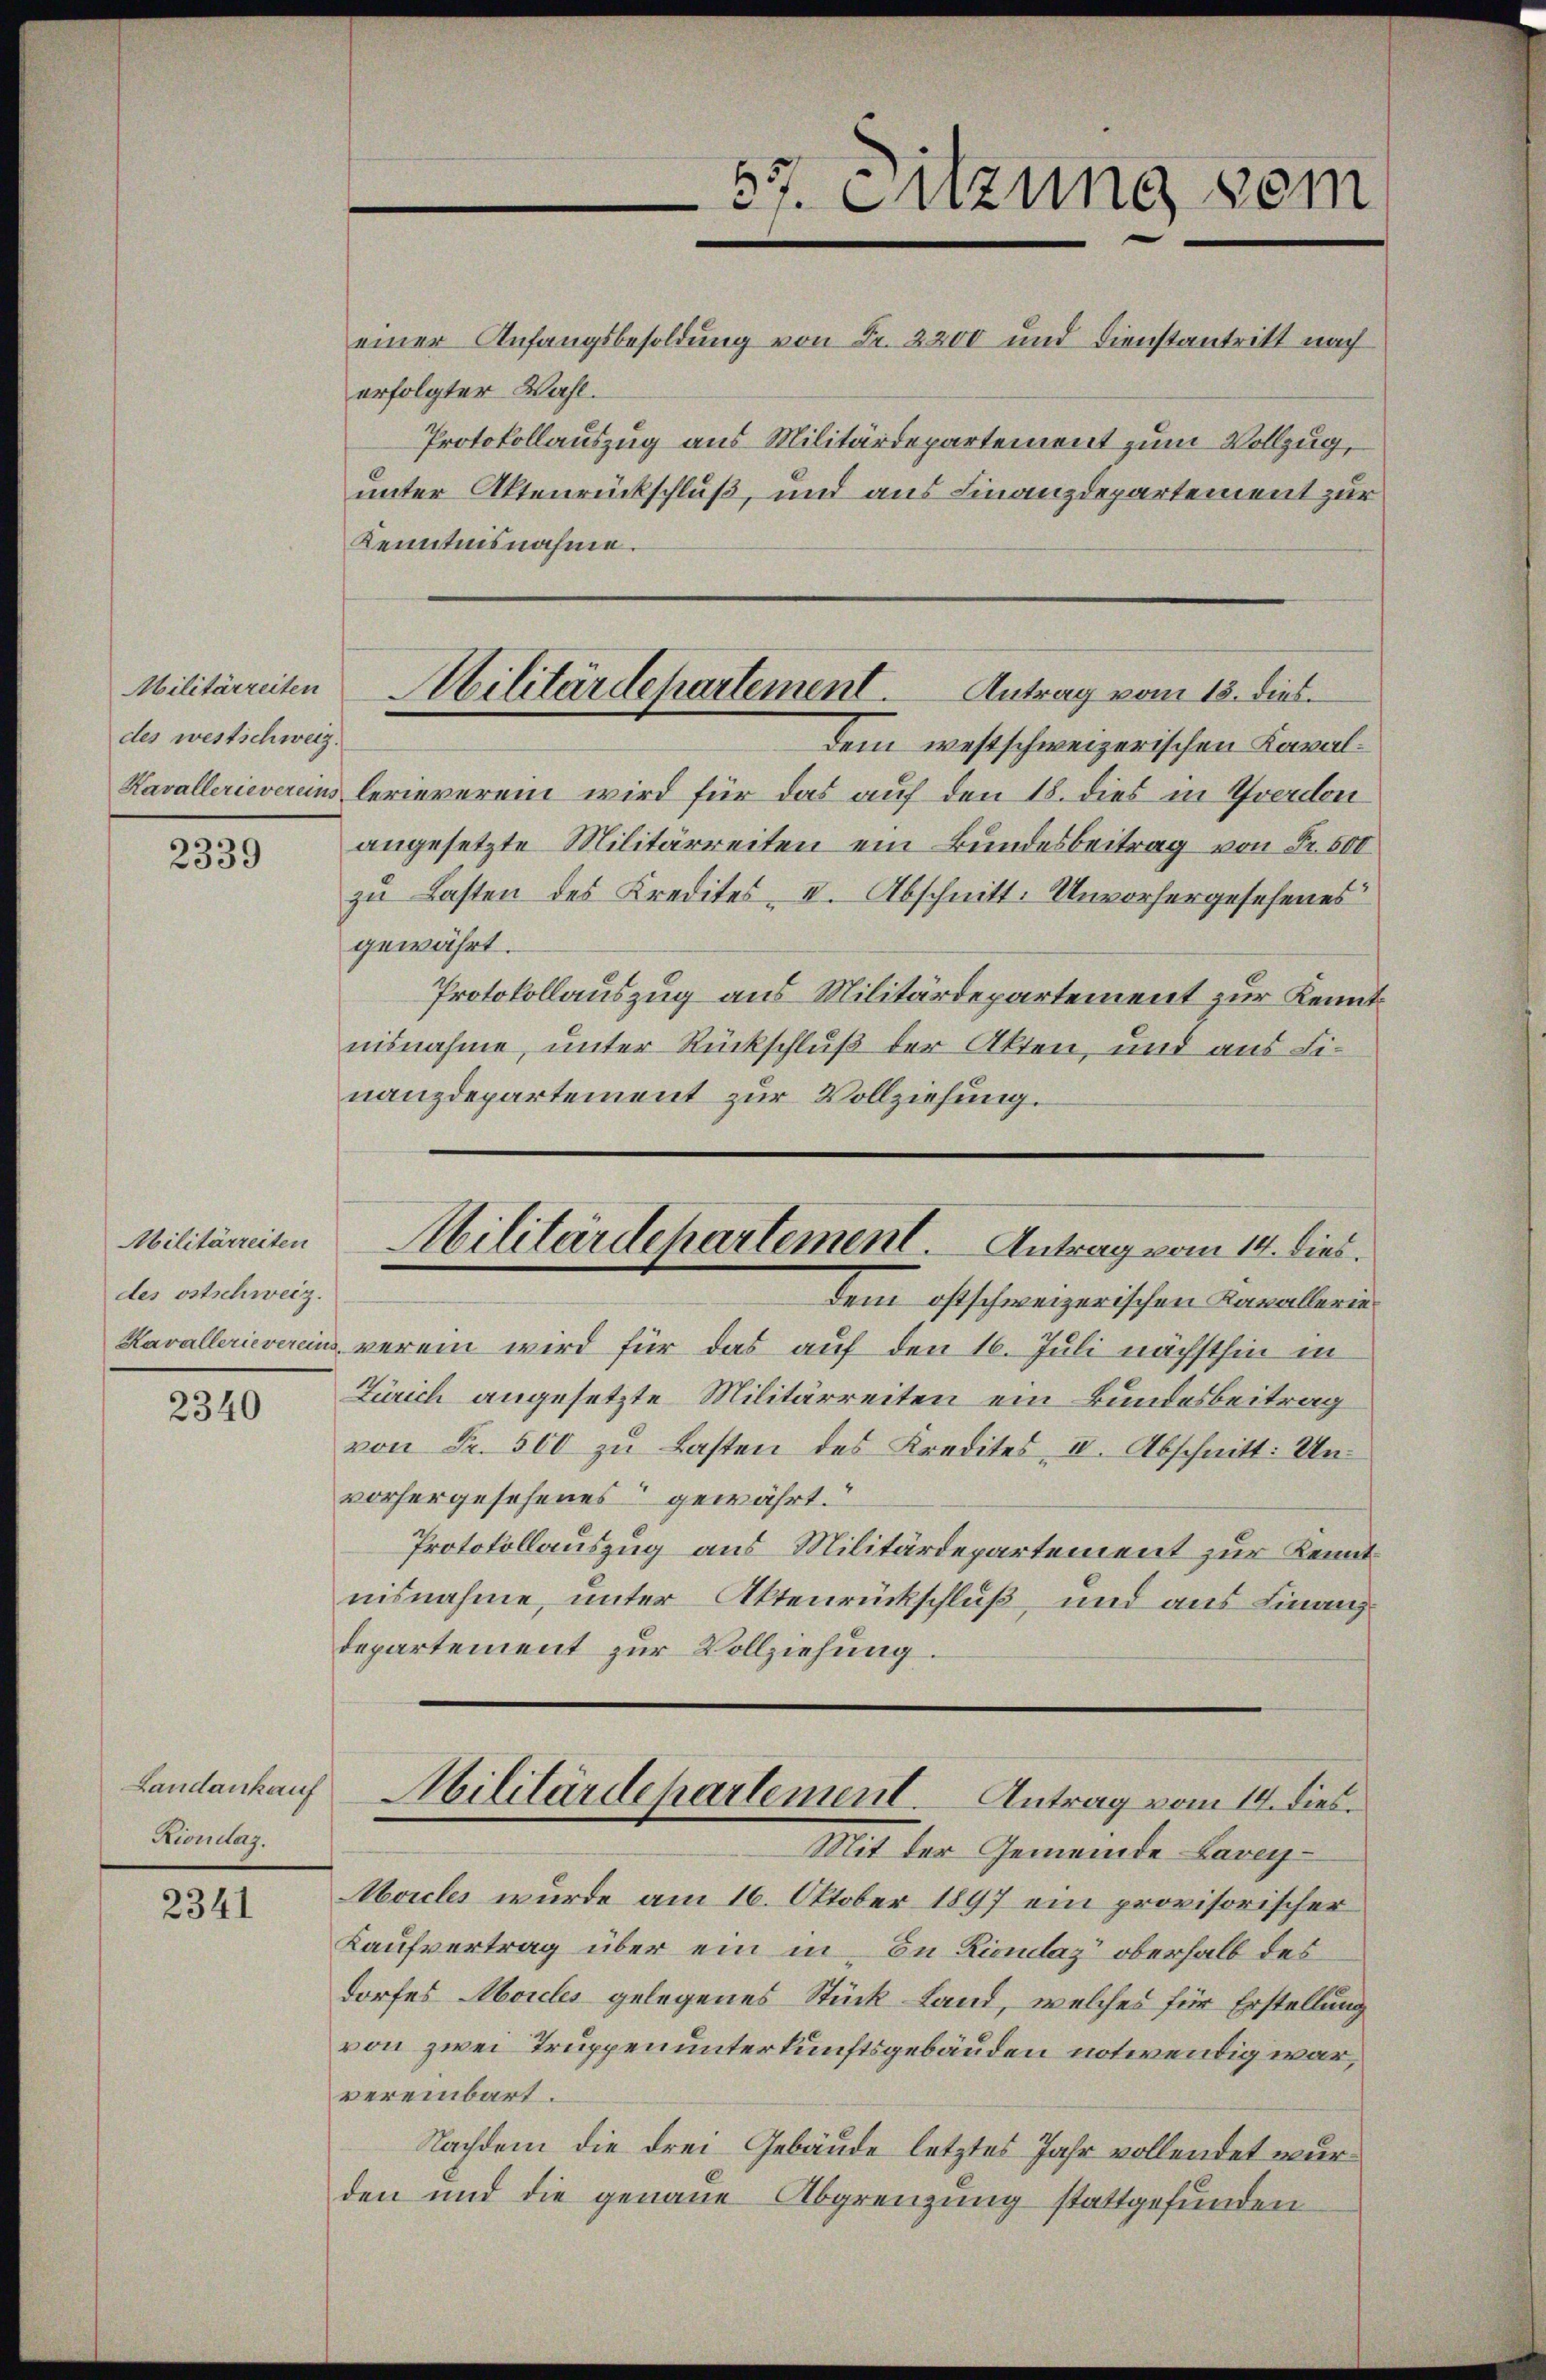
Militärzeiten
des westschweiz.

2339

Militärzeiten
des ostschweiz.

2340

Landankauf
Nondtag.

2341

57. Sitzung vom
einer Anfangsbesoldung von Fr. 2200 und Dienstantritt nach

erfolgter Wahl.
unter Aktenrückschluß, und aus Finanzdepartement zur
Kenntnisnahme.
Dem westschweizerischen Laval¬
Kavallerievereins lerieverei wird für das auf den 18. dies in Yverdon
angesetzte Militärreiten ein Bundesbeitrag von Fr. 500
zu Lasten des Kredites II. Abschnitt. Unvorhergesehenes
gewährt.
Protokollauszug aus Militärdepartement zur Kenntnisnahme, unter Rückschluß der Akten, und aus Finanzdepartement zur Vollziehung.

Protokollauszug aus Militärdepartement zum Vollzug,

Militärdepartement. Antrag vom 13. dies

dem ostschweizerischen Kavallerie
Kavallerievereins verein wird für das auf den 16. Juli nächsthin in
Zürich angesetzte Militärreiten ein Bundesbeitrag
von Fr. 500 zŭ Lasten des Kredites II. Abschnitt: Un-
vorhergesehenes gewährt.“
Protokollauszug aus Militärdepartement zur Kenntnisnahme, unter Aktenrückschluß, und aus Finanzdepartement zur Vollziehung.

Militärdepartement. Antrag vom 14. dies

Militärdepartement. Antrag vom 14. dies

Mit der Gemeinde Lavey¬
Moicles wurde am 16. Oktober 1897 ein provisorischer
Kaufvertrag über ein in In Lionlaz oberhalb des
dorfes Aborcles gelegenes Stück Land, welches für Erstellung
von zwei Truppen unterkunftsgebäuden notwendig war,
vereinbart.
Nachdem die drei Gebäude letztes Jahr vollendet wurden und die genaue Abgrenzung stattgefunden